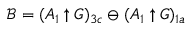
\mathcal { B } = ( A _ { 1 } \uparrow G ) _ { 3 c } \ominus ( A _ { 1 } \uparrow G ) _ { 1 a }